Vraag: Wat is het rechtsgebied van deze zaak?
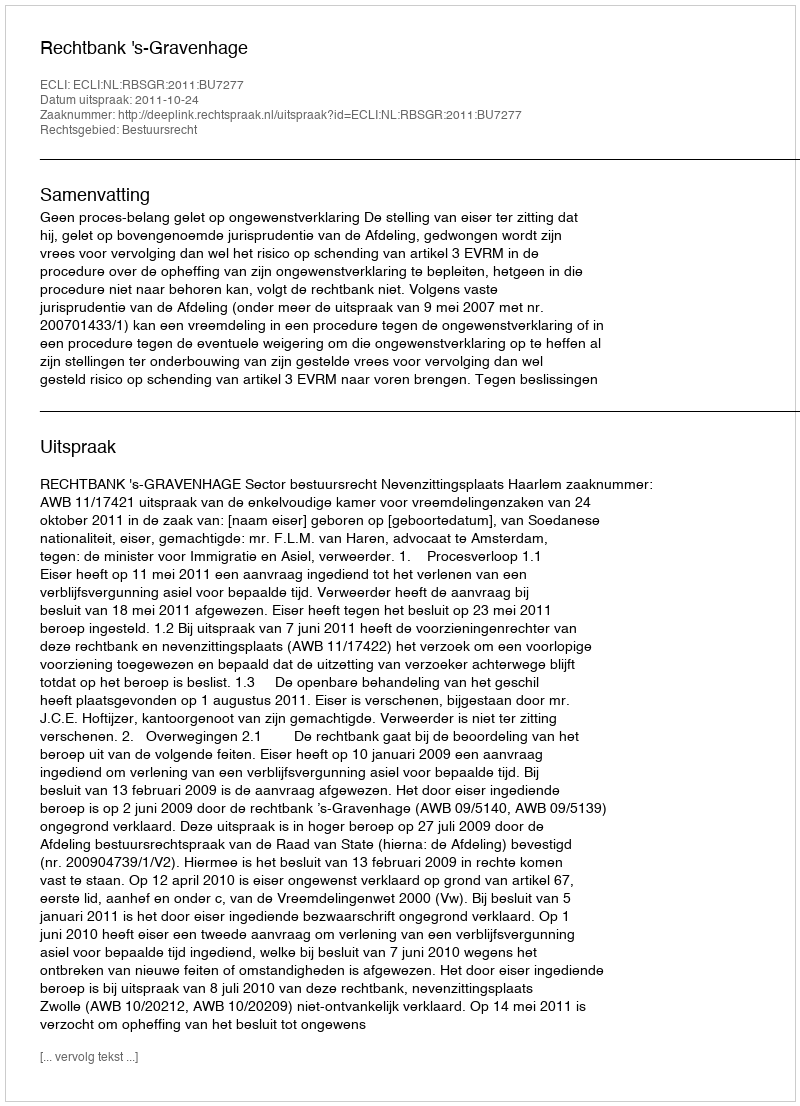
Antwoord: Bestuursrecht